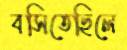
বসিতেছিলে